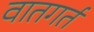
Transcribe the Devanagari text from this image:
वातगर्त